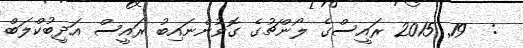
:  19